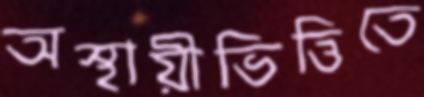
অস্থায়ীভিত্তিতে